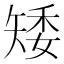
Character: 矮